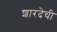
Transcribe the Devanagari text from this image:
शारदेची